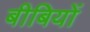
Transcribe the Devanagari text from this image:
बीबियों